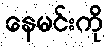
နေမင်းကို